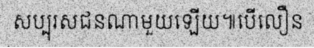
សប្បុរសជនណាមួយឡើយ៕បើលឿន